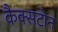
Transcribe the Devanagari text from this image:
कैक्सटोन